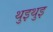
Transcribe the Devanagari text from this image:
थुइथुइ